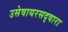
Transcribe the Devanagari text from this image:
उसेवायरसद्वारा